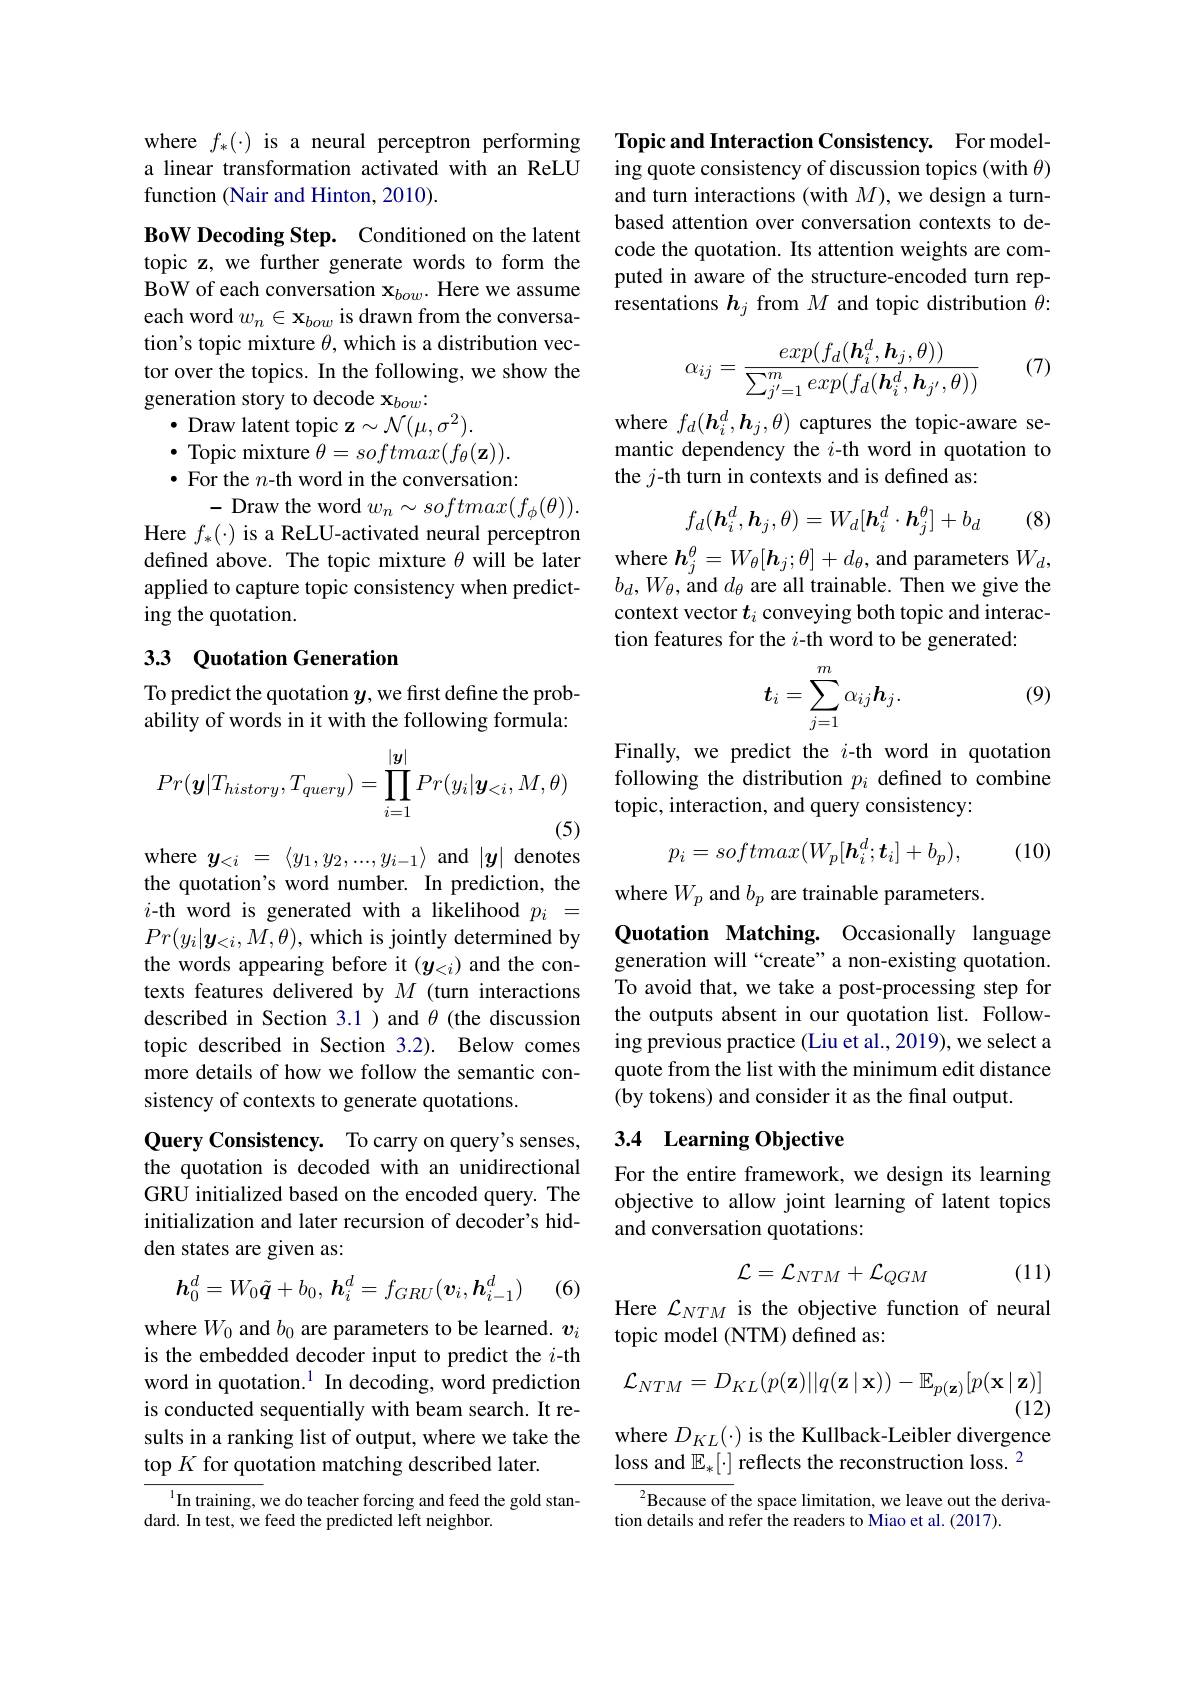
where $f_*(\cdot)$ is a neural perceptron performing a linear transformation activated with an ReLU function (Nair and Hinton, 2010).

BoW Decoding Step. Conditioned on the latent topic z, we further generate words to form the BoW of each conversation $\mathbf{x}_{bow}.$ Here we assume each word $w_n\in\mathbf{x}_{bow}$ is drawn from the conversation's topic mixture $\theta$, which is a distribution vector over the topics. In the following, we show the generation story to decode $\mathbf{x}_bow:$
$\bullet$ Draw latent topic $\mathbf{z}\sim\mathcal{N}(\mu,\sigma^2).$
$\bullet$ Topic mixture $\theta=softmax(f_{\theta}(\mathbf{z})).$ $\bullet$ For the $n$-th word in the conversation:
- Draw the word $w_n\sim softmax(f_\phi(\theta)).$
Here $f_*(\cdot)$ is a ReLU-activated neural perceptron defined above. The topic mixture $\theta$ will be later applied to capture topic consistency when predicting the quotation.

## 33 Quotation Generation

To predict the quotation $y$, we first define the probability of words in it with the following formula:
$$Pr(\boldsymbol{y}|T_{history},T_{query})=\prod_{i=1}^{|\boldsymbol{y}|}Pr(y_{i}|\boldsymbol{y}_{<i},M,\theta)$$
where $y_{< i}$ = $\langle y_1, y_2, . . . , y_{i- 1}\rangle$ and $|y|$ denotes the quotation's word number. In prediction, the $i$-th word is generated with a likelihood $p_i=$ $Pr(y_i|\boldsymbol{y}_{<i},M,\theta)$,which is jointly determined by the words appearing before it $(y_{<i})$ and the contexts features delivered by $M$ (turn interactions described in Section 3.1 ) and $\theta$ (the discussion topic described in Section 3.2). Below comes more details of how we follow the semantic consistency of contexts to generate quotations.

Query Consistency. To carry on query's senses, the quotation is decoded with an unidirectional GRU initialized based on the encoded query. The initialization and later recursion of decoder's hidden states are given as:
$$\boldsymbol{h}_0^d=W_0\tilde{\boldsymbol{q}}+b_0,\:\boldsymbol{h}_i^d=f_{GRU}(\boldsymbol{v}_i,\boldsymbol{h}_{i-1}^d)$$
(6)

where $W_0$ and $b_0$ are parameters to be learned. $v_i$ is the embedded decoder input to predict the $i$-th word in quotation.$^1$ In decoding, word prediction is conducted sequentially with beam search. It results in a ranking list of output, where we take the top $K$ for quotation matching described later.

In training, we do teacher forcing and feed the gold stan-
dard. In test, we feed the predicted left neighbor.

Topic and Interaction Consistency. For modeling quote consistency of discussion topics (with $\theta)$ and turn interactions (with $M)$, we design a turnbased attention over conversation contexts to decode the quotation. Its attention weights are computed in aware of the structure-encoded turn representations $\boldsymbol h_j$ from $M$ and topic distribution $\theta:$

(7)
$$\alpha_{ij}=\frac{exp(f_d(\boldsymbol h_i^d,\boldsymbol h_j,\theta))}{\sum_{j'=1}^mexp(f_d(\boldsymbol h_i^d,\boldsymbol h_{j'},\theta))}$$
where $f_d(\boldsymbol{h}_i^d,\boldsymbol{h}_j,\theta)$ captures the topic-aware semantic dependency the $i$-th word in quotation to the $j$-th turn in contexts and is defined as:
$$f_d(\boldsymbol{h}_i^d,\boldsymbol{h}_j,\theta)=W_d[\boldsymbol{h}_i^d\cdot\boldsymbol{h}_j^\theta]+b_d$$
(8)

where $h_j^\theta=W_\theta[\boldsymbol{h}_j;\theta]+d_\theta$, and parameters $W_d$, $b_{d},W_{\theta}$,and $d_\theta$ are all trainable. Then we give the context vector $t_i$ conveying both topic and interaction features for the $i$-th word to be generated:

(9)
$$\boldsymbol{t}_i=\sum_{j=1}^m\alpha_{ij}\boldsymbol{h}_j.$$
Finally, we predict the $i$-th word in quotation following the distribution $p_i$ defined to combine topic, interaction, and query consistency:
$$p_{i}=softmax(W_{p}[\boldsymbol{h}_{i}^{d};\boldsymbol{t}_{i}]+b_{p}),$$
(10)

where $W_p$ and $b_p$ are trainable parameters.
Quotation Matching. Occasionally language generation will “create” a non-existing quotation. To avoid that, we take a post-processing step for the outputs absent in our quotation list. Following previous practice (Liu et al., 2019), we select a quote from the list with the minimum edit distance (by tokens) and consider it as the final output.

## 3.4 Learning Objective

For the entire framework, we design its learning objective to allow joint learning of latent topics and conversation quotations:
$$\mathcal{L}=\mathcal{L}_{NTM}+\mathcal{L}_{QGM}$$
(11)

Here $\mathcal{L}_{NTM}$ is the objective function of neural
topic model (NTM) defined as:
$$\mathcal{L}_{NTM}=D_{KL}(p(\mathbf{z})||q(\mathbf{z}\mid\mathbf{x}))-\mathbb{E}_{p(\mathbf{z})}[p(\mathbf{x}\mid\mathbf{z})]$$
(12)

where $D_{KL}(\cdot)$ is the Kullback-Leibler divergence
loss and $\mathbb{E}_*[\cdot]$ reflects the reconstruction loss. $^2$

${^{2}\text{Because of the space limitation, we leave out the deriva-}}$
tion details and refer the readers to Miao et al. (2017).